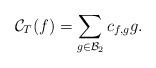
LaTeX: \begin{align*}\mathcal{C}_T(f)=\sum_{g\in \mathcal{B}_2} c_{f,g} g. \end{align*}